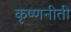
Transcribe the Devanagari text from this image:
कृष्णनीती